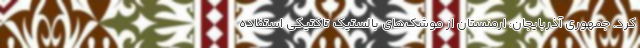
کرد. جمهوری آذربایجان: ارمنستان از موشک‌های بالستیک تاکتیکی استفاده